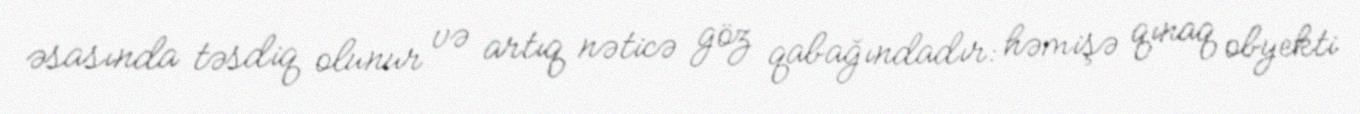
əsasında təsdiq olunur və artıq nəticə göz qabağındadır: həmişə qınaq obyekti